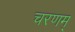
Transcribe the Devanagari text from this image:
चरणम्‌